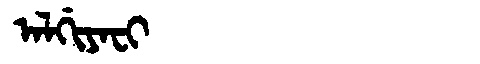
Manchu: ᠠᠯᡤᡳᠶᠠᠸᡳ
Romanization: ALGIYAFI